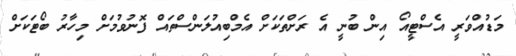
މަޑުއްވަރީ އެސްޓީއޯ އިން ބުނީ އެ ރަށްތަކަށް އެމްބިއުލަންސްތައް ފޮނުވުމަށް މިހާރު ބޯޓަކަށް